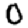
Digit: 0